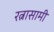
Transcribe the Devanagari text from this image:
रत्नासामी